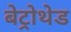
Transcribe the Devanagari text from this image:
बेट्रोथेड